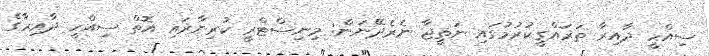
ސިއްހީ ދާއިރާ ތަރައްގީކުރުމުގައި ނަތީޖާ ނެރެދޭނަން: މިނިސްޓްރީ ކުރިނާރައި އޮތް ސިއްހީ ދާއިރާގެ